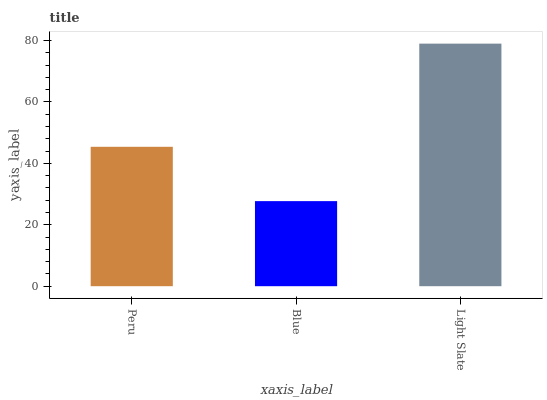
| xaxis_label | bars |
 | --- | --- |
 | Peru | 45.4 |
 | Blue | 27.7 |
 | Light Slate | 79 |